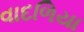
વાદળિયા